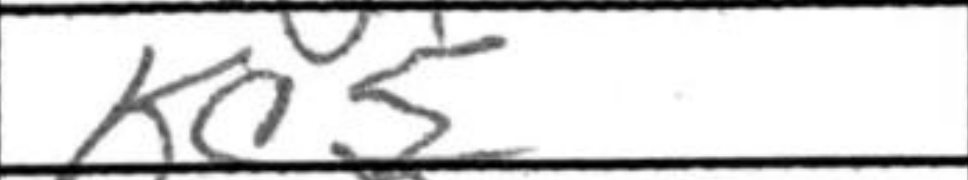
Transcription: Kc5